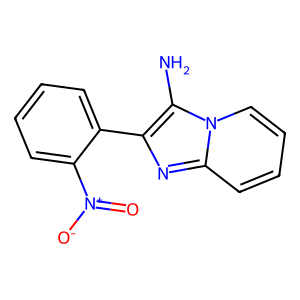
SMILES: Nc1c(-c2ccccc2[N+](=O)[O-])nc2ccccn12
Inhibits HIV replication: No